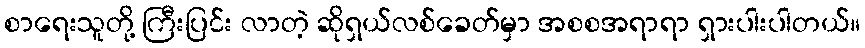
စာရေးသူတို့ ကြီးပြင်း လာတဲ့ ဆိုရှယ်လစ်ခေတ်မှာ အစစအရာရာ ရှားပါးပါတယ်။